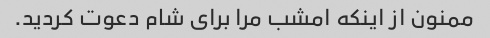
ممنون از اینکه امشب مرا برای شام دعوت کردید.